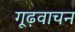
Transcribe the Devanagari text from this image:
गूढ़वाचन